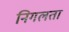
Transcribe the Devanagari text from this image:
निगलता